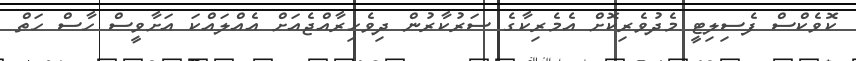
ކޮވެކްސް ފެސިލިޓީ މެދުވެރިކޮށް އެމެރިކާގެ ސަރުކާރުން ދިވެހިރާއްޖެއަށް އެއްލައްކަ އަށާވީސް ހާސް ހަތް